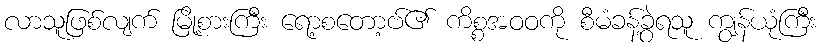
လာသူဖြစ်လျက် မြို့စားကြီး ရော့စတော့ဗ်၏ ကိစ္စအဝဝကို စီမံခန့်ခွဲရသူ ကျွန်ယုံကြီး